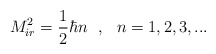
\begin{align*}M_{ir}^{2} = \frac{1}{2} \hbar n ~~,~~ n = 1,2,3,...\end{align*}